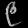
Digit: ၉